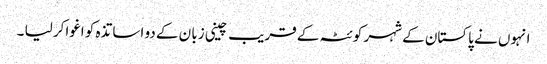
انہوں نے پاکستان کے شہر کو ئٹہ کے قریب چینی زبا ن کے دو اسا تذہ کو اغواکر لیا ۔